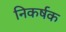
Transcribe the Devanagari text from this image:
निकर्षक